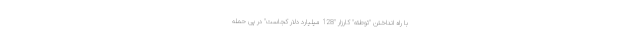
با راه انداختن "توطئه" کارزار "128 میلیارد دلار کجاست" در پی حمله